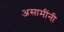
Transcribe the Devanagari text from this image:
असामींनी